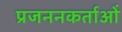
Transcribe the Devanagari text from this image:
प्रजननकर्ताओं